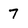
Character: 7